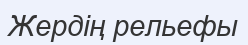
Жердің рельефы